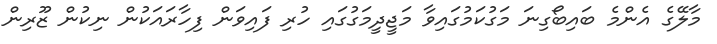
މާލޭގެ އެންމެ ބައިބޯގިނަ މަގުކަމުގައިވާ މަޖީދީމަގުގައި ހުރި ފައިވަން ފިހާރައަކުން ނިކުން ޒޫރިން